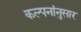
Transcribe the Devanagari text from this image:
कल्पनांनुसार